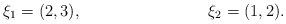
\begin{align*}\xi_1 &= (2,3),&\xi_2 &= (1,2).\end{align*}